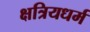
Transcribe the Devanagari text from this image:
क्षत्रियधर्म